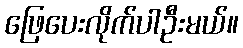
ဖြေပေးလိုက်ပါဦးမယ်။